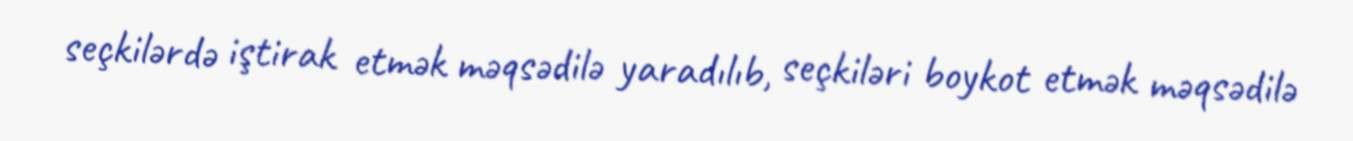
seçkilərdə iştirak etmək məqsədilə yaradılıb, seçkiləri boykot etmək məqsədilə